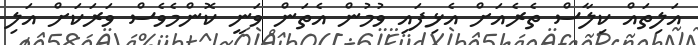
އަލިތައް ކިލާސް ތެރެއަށް އެޅިފައި ވުމުން އެތަން ވަނީ ކޮންމެވެސް ވަރަކަށް އަލި